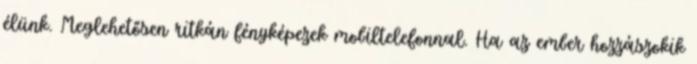
élünk. Meglehetősen ritkán fényképezek mobiltelefonnal. Ha az ember hozzászokik